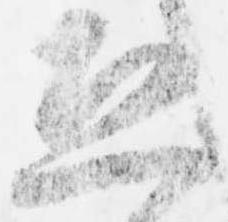
恐